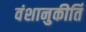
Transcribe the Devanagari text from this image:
वंशानुकीर्ति